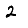
Digit: 2